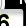
Digit: 6